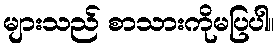
များသည် စာသားကိုမပြပါ။